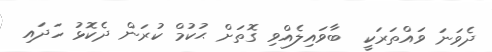
ދެވަނަ ވައްތަރަކީ  ބާވައިލެއްވި ގޮތަށް ޙުކުމް ކުރަން ދެކޮޅު ހަދައި